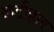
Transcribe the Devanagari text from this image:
कटीहार